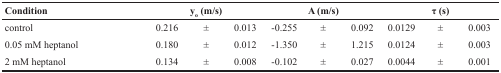
<table><thead><tr><td><b>Condition</b></td><td colspan="3"><b>y<sub>o</sub> (m/s)</b></td><td colspan="3"><b>A (m/s)</b></td><td colspan="3"><b>τ (s)</b></td></tr></thead><tbody><tr><td>control</td><td>0.216</td><td>±</td><td>0.013</td><td>-0.255</td><td>±</td><td>0.092</td><td>0.0129</td><td>±</td><td>0.003</td></tr><tr><td>0.05 mM heptanol</td><td>0.180</td><td>±</td><td>0.012</td><td>-1.350</td><td>±</td><td>1.215</td><td>0.0124</td><td>±</td><td>0.003</td></tr><tr><td>2 mM heptanol</td><td>0.134</td><td>±</td><td>0.008</td><td>-0.102</td><td>±</td><td>0.027</td><td>0.0044</td><td>±</td><td>0.001</td></tr></tbody></table>